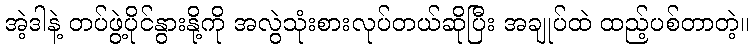
အဲ့ဒါနဲ့ တပ်ဖွဲ့ပိုင်နွားနို့ကို အလွဲသုံးစားလုပ်တယ်ဆိုပြီး အချုပ်ထဲ ထည့်ပစ်တာတဲ့။